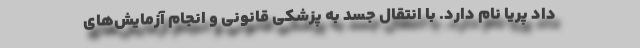
داد پریا نام دارد. با انتقال جسد به پزشکی قانونی و انجام آزمایش‌های